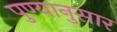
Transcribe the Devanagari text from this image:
पुण्यानुसार